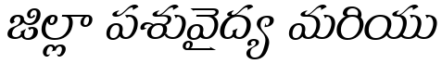
జిల్లా పశువైద్య మరియు